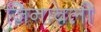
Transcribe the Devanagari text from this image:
जिनावली